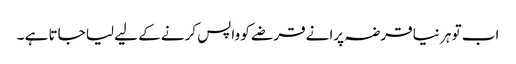
اب تو ہر نیا قرضہ پرانے قرضے کو واپس کرنے کے لیے لیا جاتا ہے ۔